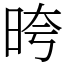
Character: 晇